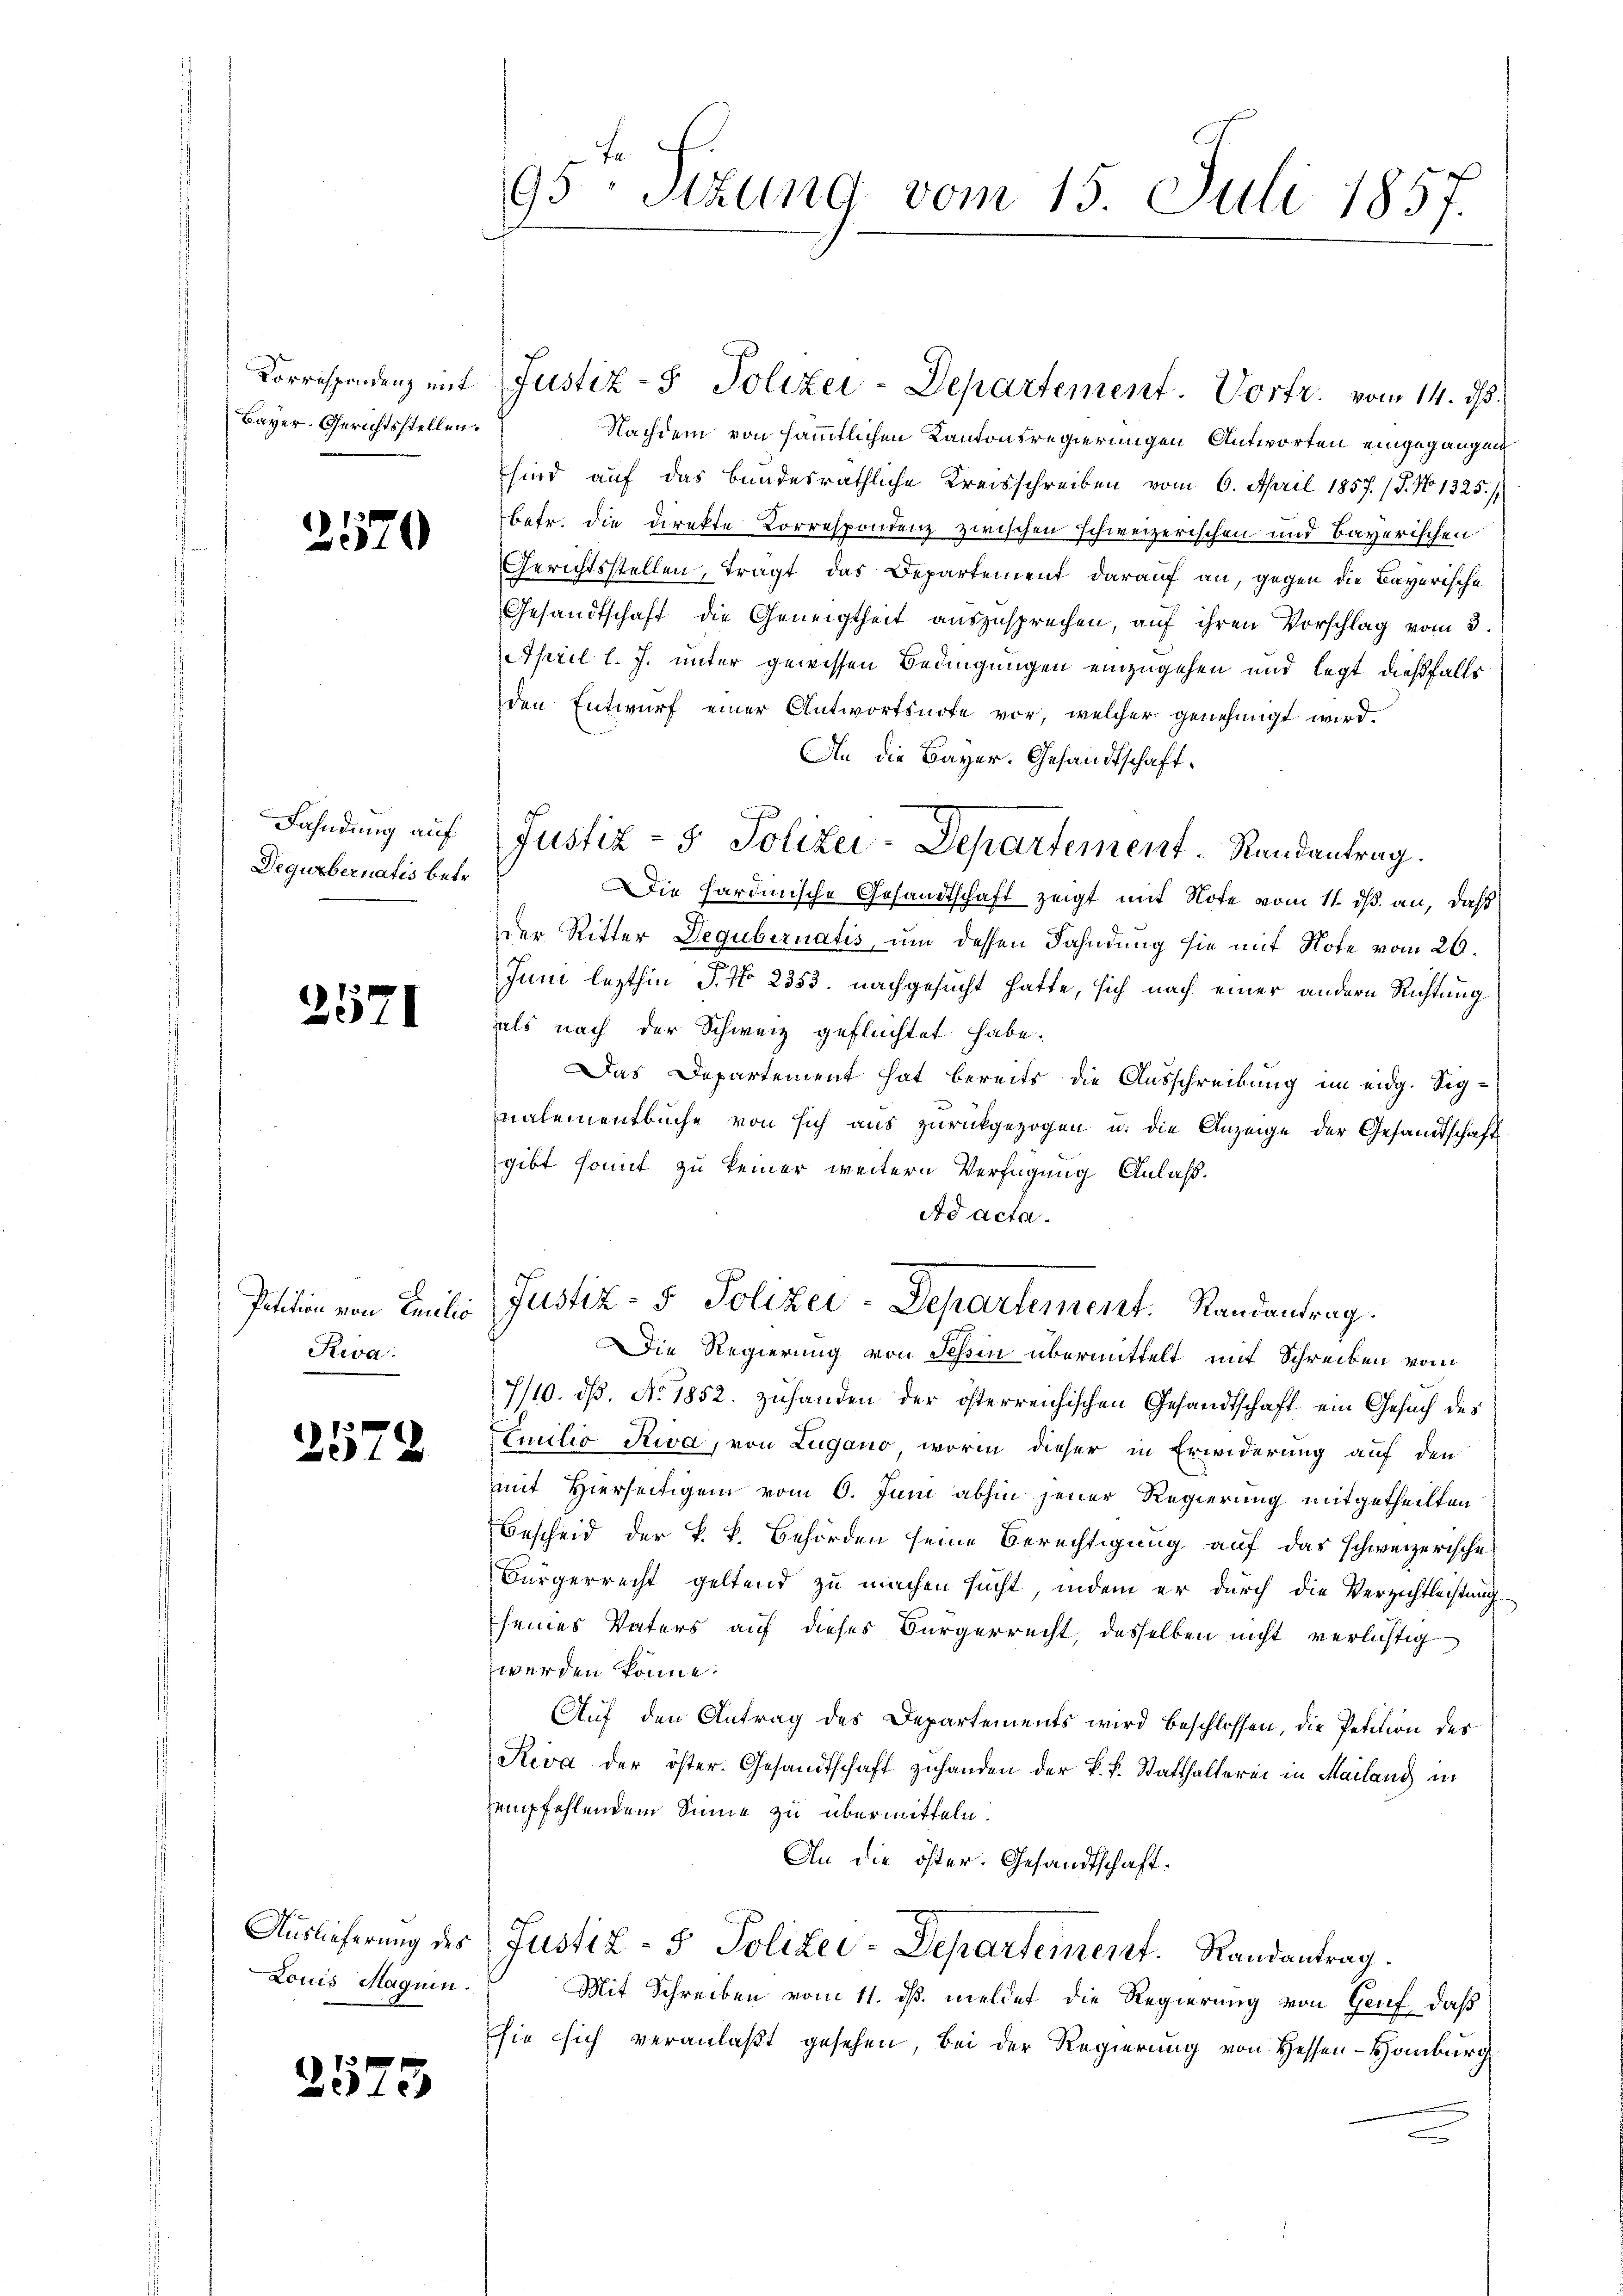
Korrespondenz mit
Bayer. Gerichtsstellen.

2570

Fahndung auf
Degurbernatis betr.

2571

Petition von Endlic
Reva

2572

2575

Auslieferung des
Louis Magnen.

95 Stzung vom 15. Juli 1857.

Nachdem von sämmtlichen Kantonsregierungen Antworten eingegangen,
sind auf das bundesräthliche Kreisschreiben vom 6. April 1857 (S. No 1325./
betr. die Direkte Korrespondenz zwischen schweizerischen und Bayerischen
Gerichtsstellen, tragt das Departement darauf an, gegen die Bayerische
Gesandtschaft die Geneigtheit auszusprechen, auf ihren Vorschlag vom 3.
April l. J. unter gewissen Bedingungen einzugehen und legt dießfalls
den Entwurf einer Antwortsnote vor, welcher genehmigt wird.
An die Bayer-Gesandtschaft.
Die hardinische Gesandtschaft zeigt mit Note vom 11. ds. an, daß
der Ritter Degubernatis, und dessen Fahndung sie mit Note vom 20.
Juni lezthin P. No 2353. nachgesucht hatte, sich nach einer andern Richtung
aals nach der Schweiz geflüchtet habe.
Das Departement hat bereits die Ausschreibung im eidg. Signalementbuche von sich aus zurückgezogen u. die Anzeige der Gesandtschaftsgibt somit zu keiner weitern Verfügung Anlaß.
Ad acta.
Justiz- & Polizei-Departement. Randantrag.
Die Regierung von Schin übermittelt mit Schreiben vom
7/10. ds. No. 1852. zuhanden der österreichischen Gesandtschaft ein Gesuch des
Emilio Riva, von Lugano, worin dieser in Erwiderung auf den
mit Hierseitigem vom 6. Juni abhin jener Regierung mitgetheilten
Bescheid der k. k. Behörden seine Berechtigung auf das schweizerische
Bürgerrecht geltend zu machen sucht, indem er durch die Verzichtleistung
seines Vaters auf dieses Bürgerrecht, desselben nicht verlichtig
werden könne.
Auf den Antrag des Departements wird beschlossen, die Petition des
Riva der öster. Gesandtschaft zuhanden der k. k. Statthalterei in Mailang in
empfehlendem Sinne zu übermitteln.
An die öster. Gesandtschaft.
Justiz- & Polizei-Departement.   Randantrag.
Mit Schreiben vom 11. ds. meldet die Regierung von Genf, daß
sie sich veranlaßt gesehen, bei der Regierung von Hessen-Hamburg

Justiz- & Polizei-Departement. Vortr. vom 14. d.

C
Justiz- & Polizei-Departement Randantrag.